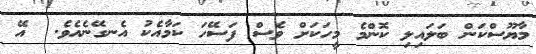
މާޔޫސްކަން ބަލައިލި ކޮންމެ މީހަކަށް ވެސް ފަސޭހަ ކަމާއެކު އެނގޭނެއެވެ.  އޭ